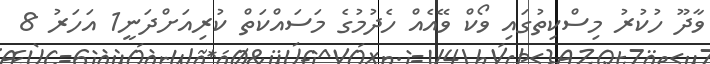
ވާދޫ ހުކުރު މިސްކިތުގައި ވޯކް ވޭއެއް ހެދުމުގެ މަސައްކަތް ކުރިއަށްދަނީ1 އަހަރު 8